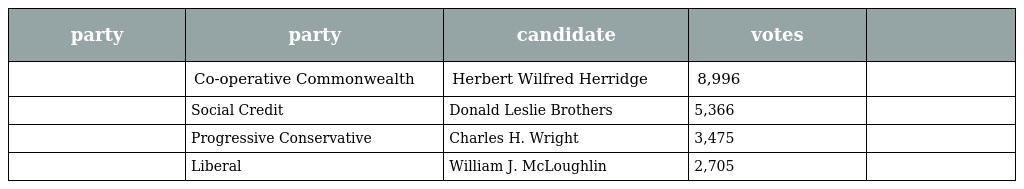
| party | party | candidate | votes |  |
 | --- | --- | --- | --- | --- |
 |  | Co-operative Commonwealth | Herbert Wilfred Herridge | 8,996 |  |
 |  | Social Credit | Donald Leslie Brothers | 5,366 |  |
 |  | Progressive Conservative | Charles H. Wright | 3,475 |  |
 |  | Liberal | William J. McLoughlin | 2,705 |  |